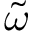
\Tilde { \omega }